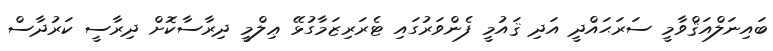
ބައިނަލްއަޤްވާމީ ސަރަޙައްދީ އަދި ޤައުމީ ފެންވަރުގައި ޓެރަރިޒަމާގުޅޭ ޢިލްމީ ދިރާސާކޮށް ދިރާސީ ކަރުދާސް